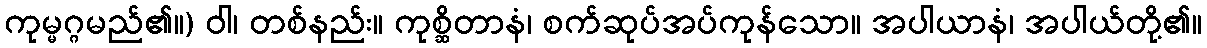
ကုမ္မဂ္ဂမည်၏။) ဝါ၊ တစ်နည်း။ ကုစ္ဆိတာနံ၊ စက်ဆုပ်အပ်ကုန်သော။ အပါယာနံ၊ အပါယ်တို့၏။